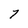
Character: 7